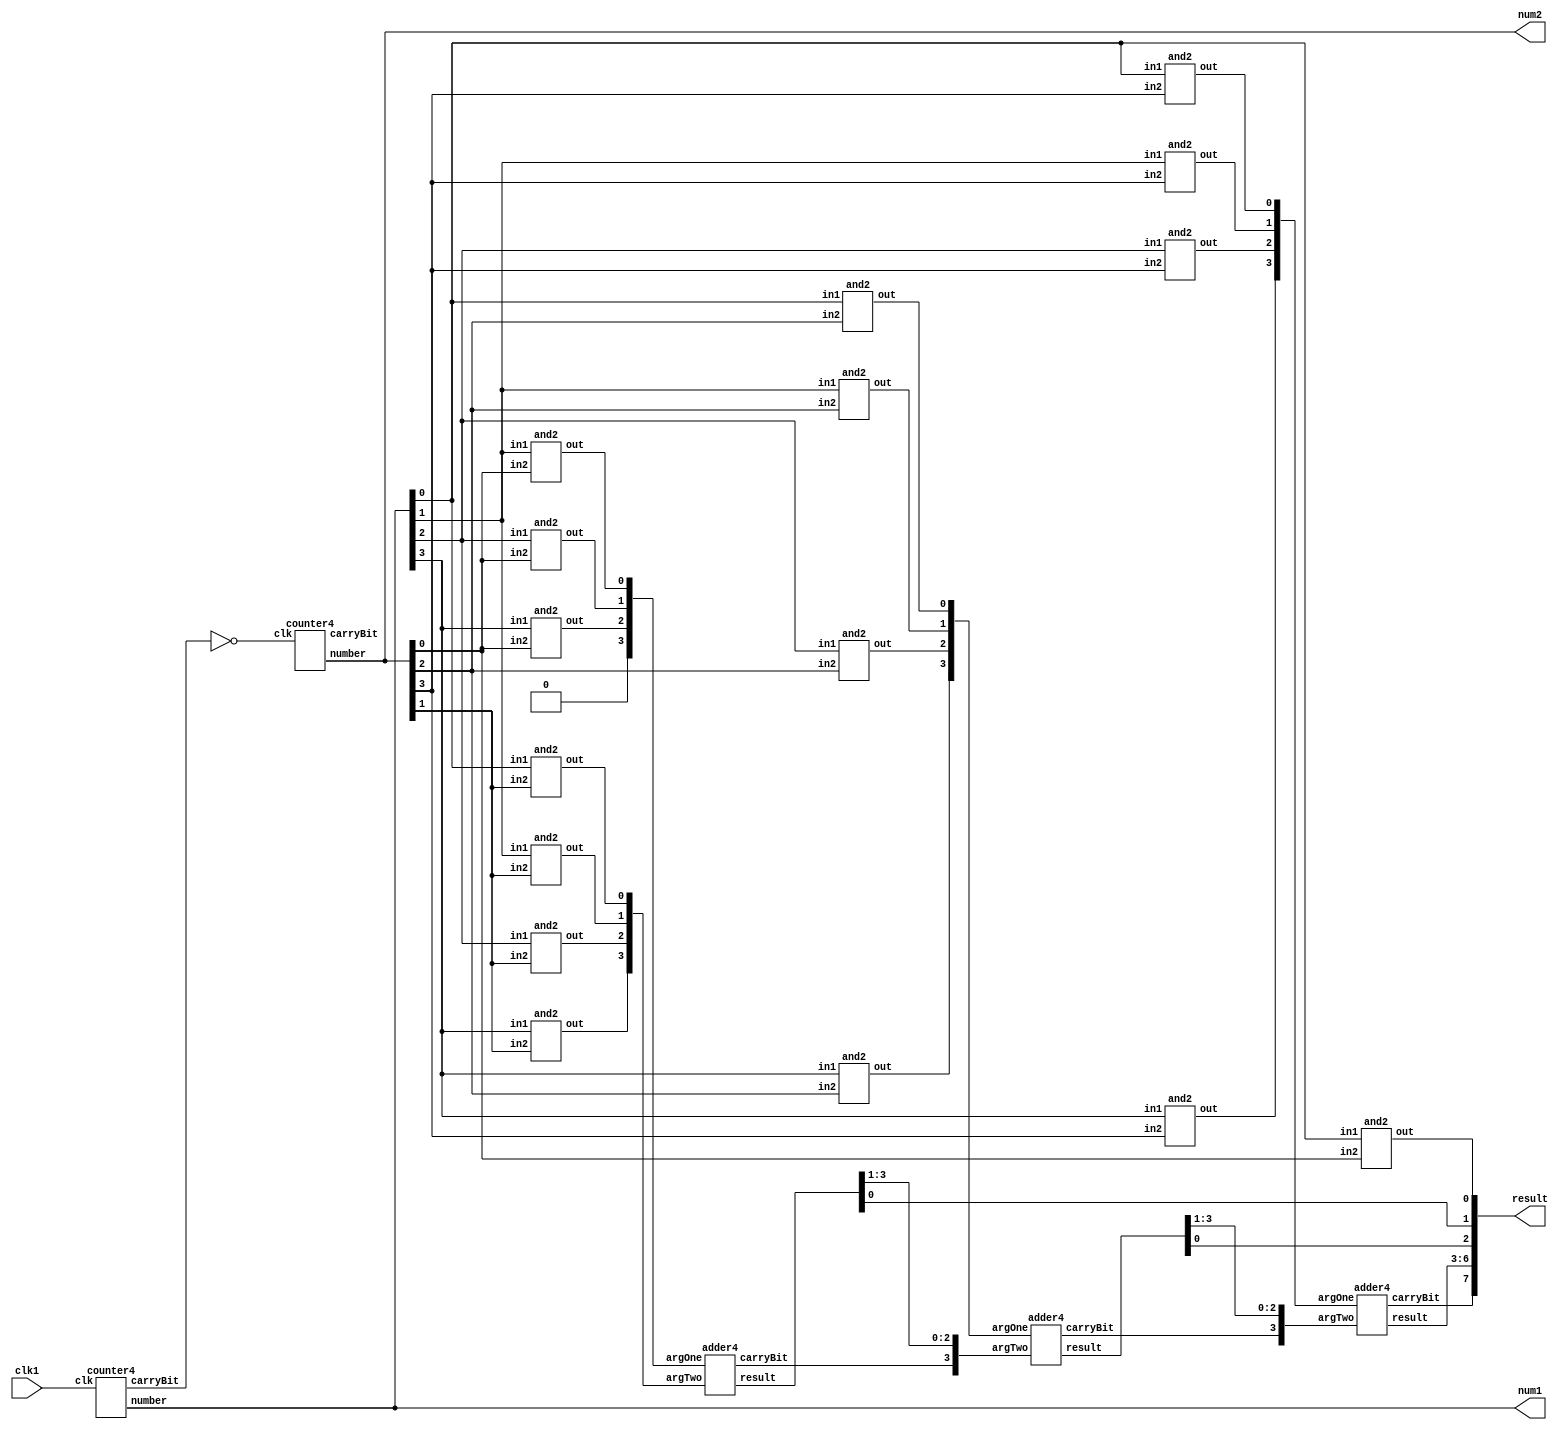
module multiplier(
	input clk1,
	output [3:0] num1,
	output [3:0] num2,
	output [7:0] result
);
	wire rco1;
	wire rco2;
	
	wire crBt_1;
	wire crBt_2;
	wire crBt_3;
	
	wire [3:0]resultAnd_1;
	wire [3:0]resultAnd_2;
	wire [3:0]resultAnd_3;
	wire [3:0]resultAnd_4;
	
	wire [3:0]inAddr_1;
	wire [3:0]inAddr_2;
	wire [3:0]inAddr_3;
	
	wire [3:0] resultSum_1;
	wire [3:0] resultSum_2;
	wire [3:0] resultSum_3;
	
	assign result[0] = resultAnd_1[0];
	assign result[1] = resultSum_1[0];
	assign result[2] = resultSum_2[0];
	assign result[6:3] = resultSum_3;
	assign result[7] = crBt_3;
	
	assign inAddr_1[2:0] = resultAnd_1[3:1];
	assign inAddr_1[3] = 1'b0;
	
	assign inAddr_2[2:0] = resultSum_1[3:1];
	assign inAddr_2[3] = crBt_1;
	
	assign inAddr_3[2:0] = resultSum_2[3:1];
	assign inAddr_3[3] = crBt_2;
	
	counter4 my_counter4_1(.clk(clk1), .number(num1), .carryBit(rco1));
	counter4 my_counter4_2(.clk(~rco1), .number(num2), .carryBit(rco2));

	and2 my_and2_1(.in1(num1[0]), .in2(num2[0]), .out(resultAnd_1[0]));
	and2 my_and2_2(.in1(num1[1]), .in2(num2[0]), .out(resultAnd_1[1]));
	and2 my_and2_3(.in1(num1[2]), .in2(num2[0]), .out(resultAnd_1[2]));
	and2 my_and2_4(.in1(num1[3]), .in2(num2[0]), .out(resultAnd_1[3]));
	
	and2 my_and2_5(.in1(num1[0]), .in2(num2[1]), .out(resultAnd_2[0]));
	and2 my_and2_6(.in1(num1[1]), .in2(num2[1]), .out(resultAnd_2[1]));
	and2 my_and2_7(.in1(num1[2]), .in2(num2[1]), .out(resultAnd_2[2]));
	and2 my_and2_8(.in1(num1[3]), .in2(num2[1]), .out(resultAnd_2[3]));
	
	and2 my_and2_9(.in1(num1[0]), .in2(num2[2]), .out(resultAnd_3[0]));
	and2 my_and2_10(.in1(num1[1]), .in2(num2[2]), .out(resultAnd_3[1]));
	and2 my_and2_11(.in1(num1[2]), .in2(num2[2]), .out(resultAnd_3[2]));
	and2 my_and2_12(.in1(num1[3]), .in2(num2[2]), .out(resultAnd_3[3]));
	
	and2 my_and2_13(.in1(num1[0]), .in2(num2[3]), .out(resultAnd_4[0]));
	and2 my_and2_14(.in1(num1[1]), .in2(num2[3]), .out(resultAnd_4[1]));
	and2 my_and2_15(.in1(num1[2]), .in2(num2[3]), .out(resultAnd_4[2]));
	and2 my_and2_16(.in1(num1[3]), .in2(num2[3]), .out(resultAnd_4[3]));
	
	adder4 my_adder4_1 (
		.argOne(inAddr_1),
		.argTwo(resultAnd_2),
		.result(resultSum_1),
		.carryBit(crBt_1)
	);
	adder4 my_adder4_2 (
		.argOne(resultAnd_3), 
		.argTwo(inAddr_2), 
		.result(resultSum_2), 
		.carryBit(crBt_2)
	);

	adder4 my_adder4_3 (
		.argOne(resultAnd_4), 
		.argTwo(inAddr_3), 
		.result(resultSum_3), 
		.carryBit(crBt_3)
	);
	
endmodule


module counter4(
	input clk,
	output reg [3:0] number,
	output reg carryBit
);
	always @(posedge clk) begin
		{carryBit, number} = number + 4'b0001;
	end
endmodule

module adder4(
	input [3:0] argOne,
	input [3:0] argTwo,
	output [3:0] result,
	output carryBit
);
	assign {carryBit, result} = argOne + argTwo;
endmodule

module and2(
	input in1,
	input in2,
	output out
);
	assign out = in1 & in2;
endmodule